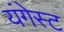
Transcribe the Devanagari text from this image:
यंगेस्ट